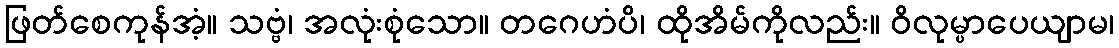
ဖြတ်စေကုန်အံ့။ သဗ္ဗံ၊ အလုံးစုံသော။ တဂေဟံပိ၊ ထိုအိမ်ကိုလည်း။ ဝိလုမ္ပာပေယျာမ၊